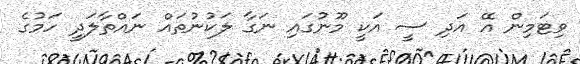
ވިޓަމިން އޭ އަދި ސީ އަކީ މޫނުގައި ނަގާ ލަކުނުތައް ނައްތާލަދީ ހަމުގެ